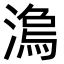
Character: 𣻍